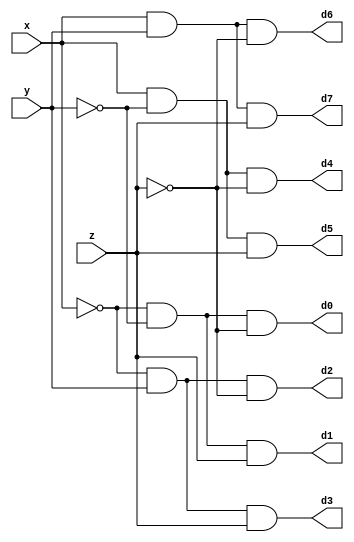
module decoder(x,y,z,d0,d1,d2,d3,d4,d5,d6,d7);
	input x,y,z;
	output d0,d1,d2,d3,d4,d5,d6,d7;
	wire xn,yn,zn;
	not(xn,x);
	not(yn,y);
	not(zn,z);
	and(d0,xn,yn,zn);
	and(d1,xn,yn,z);
	and(d2,xn,y,zn);
	and(d3,xn,y,z);
	and(d4,x,yn,zn);
	and(d5,x,yn,z);
	and(d6,x,y,zn);
	and(d7,x,y,z);
endmodule